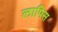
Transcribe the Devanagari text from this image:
लापिस